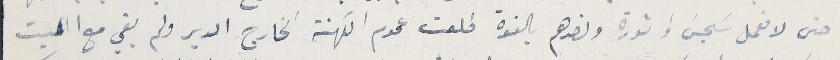
حتى لا نعمل سَجسَ وثورة ونصدهم بالقوة طلعت عموم الكهنة الخارج الدير ولم يبقى مع الميت